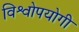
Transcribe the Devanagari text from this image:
विश्वोपयोगी